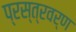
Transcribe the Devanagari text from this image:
प्रस्त्रवर्ण